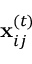
\mathbf { x } _ { i j } ^ { ( t ) }